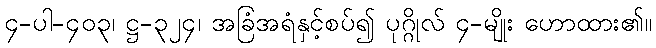
၄-ပါ-၄၀၃၊ ဋ္ဌ-၃၂၄၊ အခြံအရံနှင့်စပ်၍ ပုဂ္ဂိုလ် ၄-မျိုး ဟောထား၏။